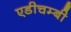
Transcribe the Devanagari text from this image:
एडीचम्बी